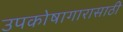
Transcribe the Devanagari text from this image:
उपकोषागारासाठी